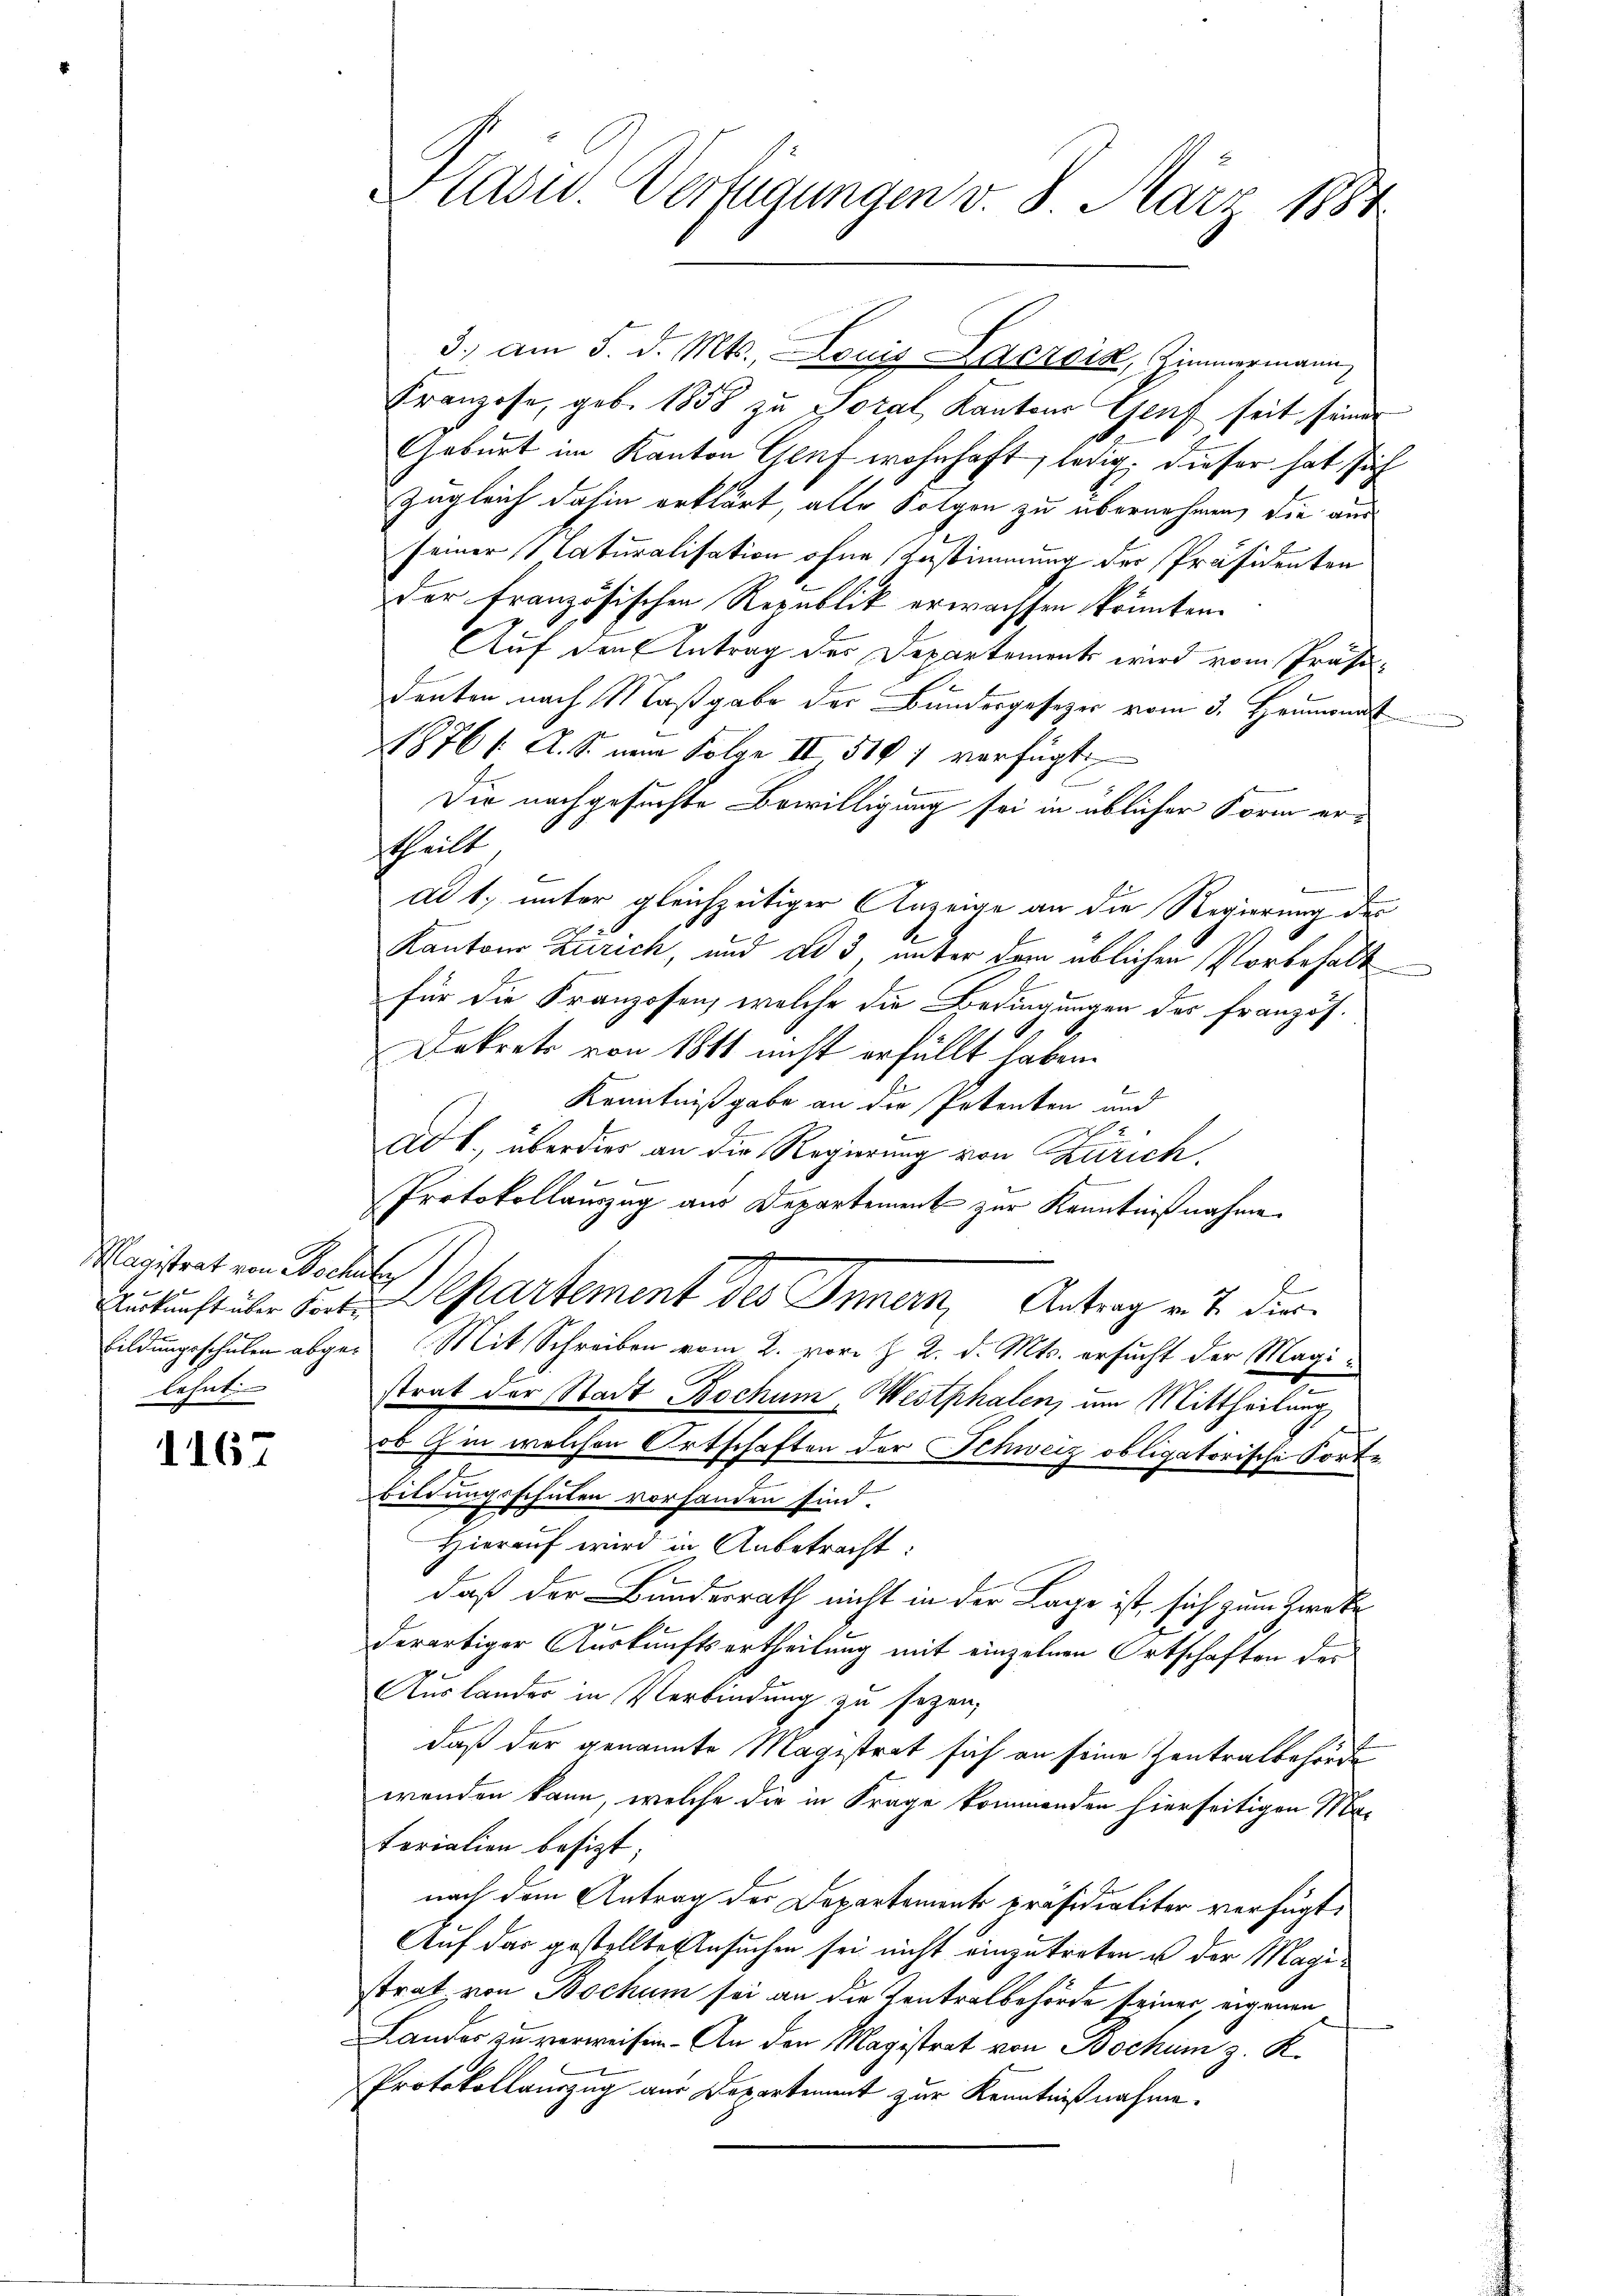
Magistrat von schule
lehnt

1167

3. am 5. d. Mts., Louis Lacroix, Zimmermann
Franzose, geb. 1858 zu Soral Kantons Genf seit seiner
Geburt im Kanton Genf wohnhaft, ledig, dieser hat sich
zugleich dahin erklärt, alle Folgen zu übernehmen, die aus
seiner Naturalisation ohne Zustimmung der Präsidenten
der französischen Republik erwachsen könnten.
Auf den Antrag der Departements wird vom Präsidenten nach Maßgabe der Bundesgesezer vom 3. Heumonat
1876 / A. S. nur Folge II 510 7 verfügt:
Die nachgesuchte Bewilligung sei in üblicher Form erstheilt
ad 1. unter gleichzeitiger Anzeige an die Regierung des
Kantons Zürich, und ad 3, unter dem üblichen Vorbehalt
für die Franzosen, welche die Bedingungen des französ.
Dekrets von 1811 nicht erfüllt haben.
Kenntnißgabe an die Petenten und
e
ad 1., überdies an die Regierung von Zürich.
Protokollauszug aus Departement zur Kenntnißnahme
Aukunft über daten Departement des Innern, Antrag v. J. dur
bildungsschulen abges. Mit Schreiben vom 2. vor §. 2. d. Mts. ersucht der Magistrat der Stadt Bochum Westphalen, um Mittheilung,
ob in welchen Ortschaften der Schweiz obligatorische Sorte
bildungsschulen vorhanden sind.
2
Hierauf wird in Anbetracht:
daß der Bundesrath nicht in der Lage ist, sich zum Zwecke
derartiger Auskunftsertheilung mit einzelnen Ortschaften des
Auslander in Verbindung zu sezen,
daß der genannte Magistrat sich an seine Zentratbehörde
wenden kann, welche die in Frage kommenden hierseitigen Materialien besizt;
nach dem Antrag der Departements Präsidialiter verfügt:
Auf das gestellte Ansuchen sei nicht einzutreten u der Magistrat von Bochum sei an die Tentralbehörde seiner, eigenen
Landes zu verweisen. An den Magistrat von Bochum z. K.
Protokollauszug aus Departiment zur Kenntnißnahme.

Pläsed-Verfügungen v. 8. März 1884